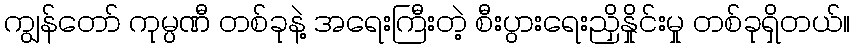
ကျွန်တော် ကုမ္ပဏီ တစ်ခုနဲ့ အရေးကြီးတဲ့ စီးပွားရေးညှိနှိုင်းမှု တစ်ခုရှိတယ်။